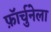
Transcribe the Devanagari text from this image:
फ़ॉर्चुनेला